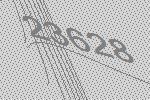
23628